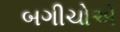
બગીચોએ